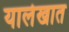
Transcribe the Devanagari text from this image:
यालेखात